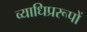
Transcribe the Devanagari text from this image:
व्याधिप्ररूपों